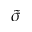
\widetilde { \sigma }